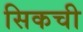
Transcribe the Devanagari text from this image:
सिकची